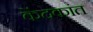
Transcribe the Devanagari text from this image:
केंदकांत